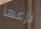
نزعها